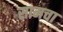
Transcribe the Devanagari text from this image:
सामचा